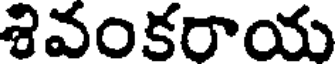
శివంకరాయ